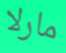
مارلا